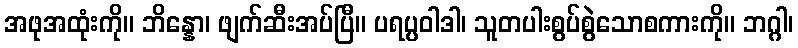
အဖုအထုံးကို။ ဘိန္နော၊ ဖျက်ဆီးအပ်ပြီ။ ပရပ္ပဝါဒါ၊ သူတပါးစွပ်စွဲသောစကားကို။ ဘဂ္ဂါ၊